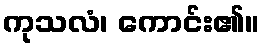
ကုသလံ၊ ကောင်း၏။